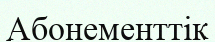
Абонементтік